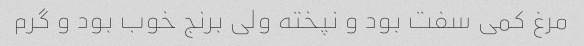
مرغ کمی سفت بود و نپخته ولی برنج خوب بود و گرم